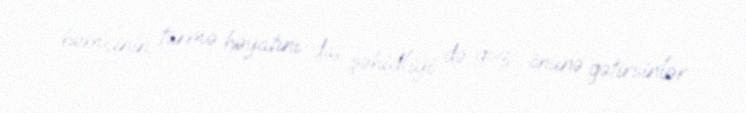
həmçinin, türmə həyatını da, şəhidliyi də göz önünə gətirsinlər.